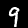
Digit: 9